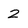
Character: 2